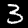
Label: 3